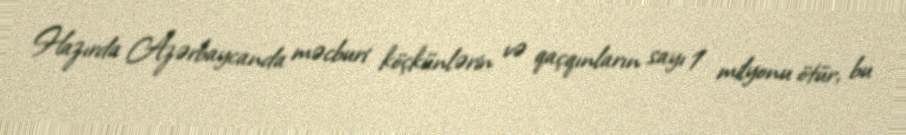
Hazırda Azərbaycanda məcburi köçkünlərin və qaçqınların sayı 1 milyonu ötür, bu